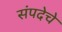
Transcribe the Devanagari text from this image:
संपदेचे